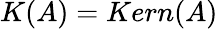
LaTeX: K(A)=Kern(A)